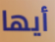
أيها